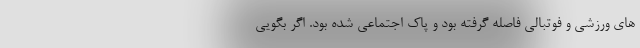
های ورزشی و فوتبالی فاصله گرفته بود و پاک اجتماعی شده بود. اگر بگویی